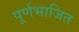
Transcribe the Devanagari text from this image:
पूर्णभाजित